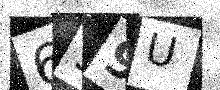
Text: 699U